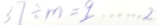
3 7 \div m = 9 \cdots 2